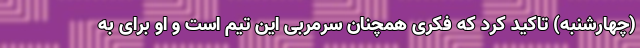
(چهارشنبه) تاکید کرد که فکری همچنان سرمربی این تیم است و او برای به